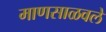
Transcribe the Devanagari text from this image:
माणसाळवले